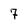
Character: 7